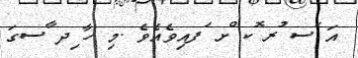
އަ ަސ ުރ ޮކ ްށ ަފއިވެއެވެ .މި ހާ ިދ ާސގަ